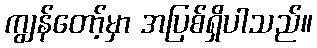
ကျွန်တော့်မှာ အပြစ်ရှိပါသည်။